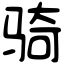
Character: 骑